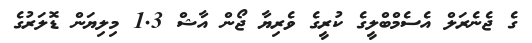
ގެ ޖެނެރަލް އެސެމްބްލީގެ ކުރީގެ ވެރިޔާ ޖޯން އާޝް 1.3 މިލިޔަން ޑޮލަރުގެ